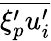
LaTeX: \overline{{\xi_{p}^{\prime}u_{i}^{\prime}}}